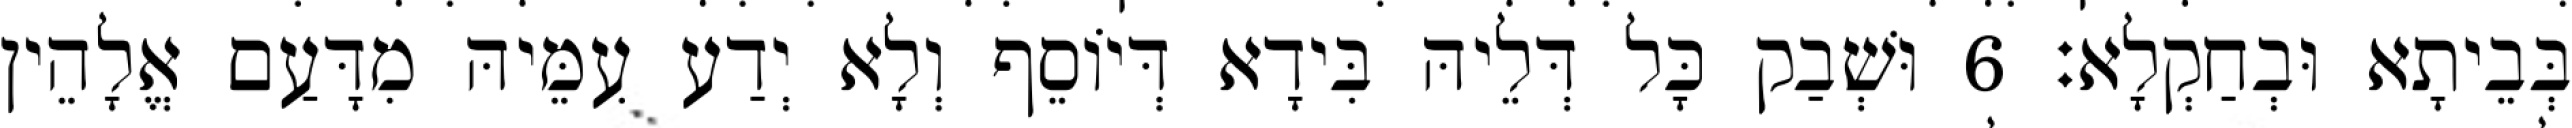
בְּבֵיתָא וּבְחַקְלָא׃ 6 וּשְׁבַק כָּל דְּלֵיהּ בִּידָא דְּיוֹסֵף וְלָא יְדַע עִמֵּיהּ מִדָּעַם אֱלָהֵין